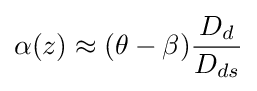
\alpha (z)\approx (\theta -\beta ){D_{d} \over D_{ds}}